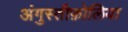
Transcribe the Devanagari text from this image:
अंगुस्तीफ़ोलिया